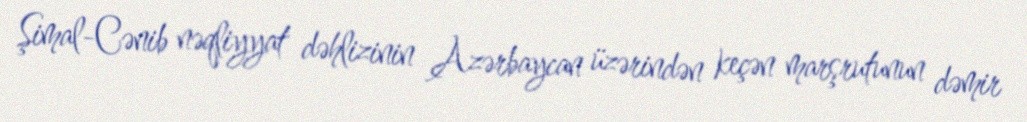
Şimal-Cənib nəqliyyat dəhlizinin Azərbaycan üzərindən keçən marşrutunun dəmir